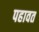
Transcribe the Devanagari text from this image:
पहावत